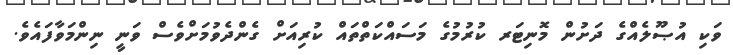
ވަކި އުޞޫލެއްގެ ދަށުން މޮނިޓަރ ކުރުމުގެ މަސައްކަތްތައް ކުރިއަށް ގެންދެވުމަށްވެސް ވަނީ ނިންމަވާފައެވެ.